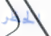
الحظر